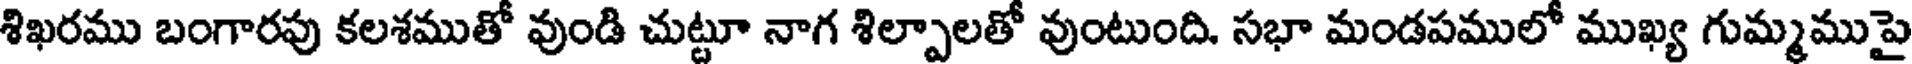
శిఖరము బంగారపు కలశముతో వుండి చుట్టూ నాగ శిల్పాలతో వుంటుంది. సభా మండపములో ముఖ్య గుమ్మముపై